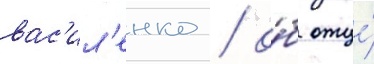
вас'ил'енко / о́б отце́